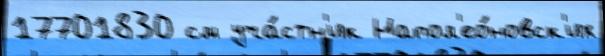
17701830 см уча́стн'ик Напол'ео́новск'их